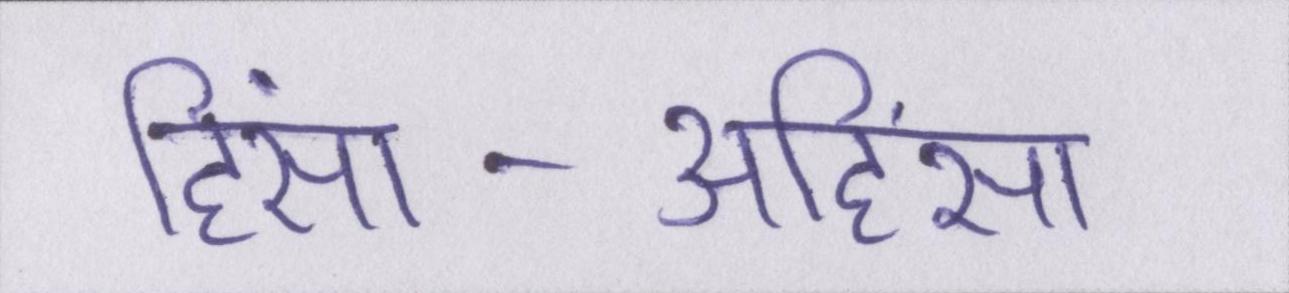
हिंसा-अहिंसा